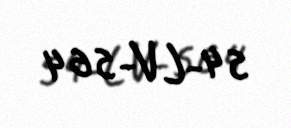
54-LV-564